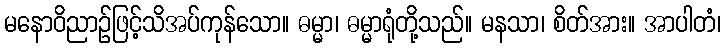
မနောဝိညာဉ်ဖြင့်သိအပ်ကုန်သော။ ဓမ္မာ၊ ဓမ္မာရုံတို့သည်။ မနသာ၊ စိတ်အား။ အာပါတံ၊